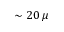
\sim 2 0 \, \mu